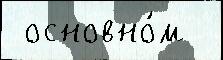
 основно́м